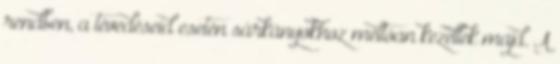
rendben, a tévedéseid esetén sárkányokhoz méltóan kezellek majd. A